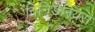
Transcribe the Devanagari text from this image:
विनिडेरियस